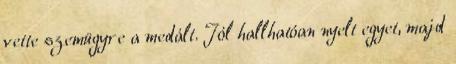
vette szemügyre a medált. Jól hallhatóan nyelt egyet, majd